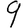
Digit: 9